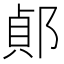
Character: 𨜓